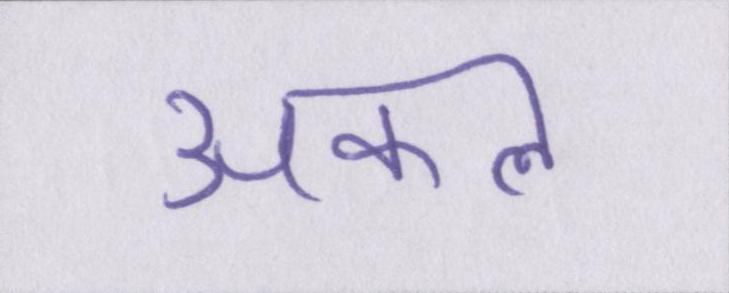
अकल